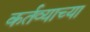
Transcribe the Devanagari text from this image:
कर्तव्याच्या